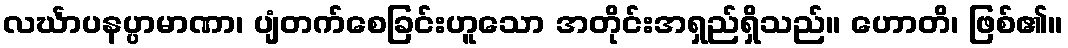
လင်္ဃာပနပ္ပာမာဏာ၊ ပျံတက်စေခြင်းဟူသော အတိုင်းအရှည်ရှိသည်။ ဟောတိ၊ ဖြစ်၏။